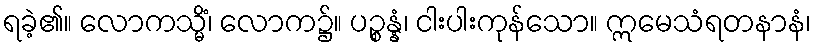
ရခဲ့၏။ လောကသ္မိံ၊ လောက၌။ ပဉ္စန္နံ၊ ငါးပါးကုန်သော။ ဣမေသံရတနာနံ၊